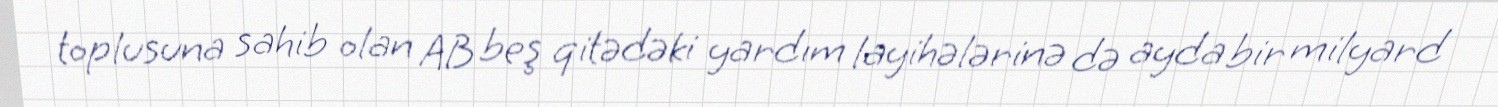
toplusuna sahib olan AB beş qitədəki yardım layihələrinə də ayda bir milyard